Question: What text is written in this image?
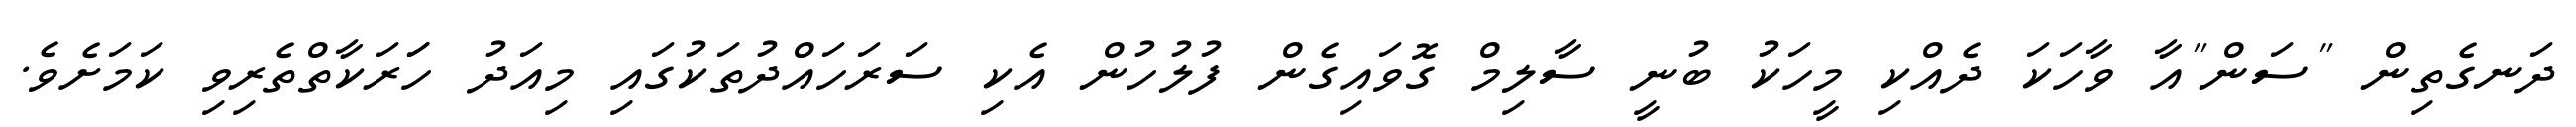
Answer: ދަނގެތިން "ސަން"އާ ވާހަކަ ދެއްކި މީހަކު ބުނީ ސާލިމް ގޮވައިގެން ފުލުހުން އެކި ސަރަހައްދުތަކުގައި މިއަދު ހަަރަކާތްތެރިވި ކަމަށެވެ.